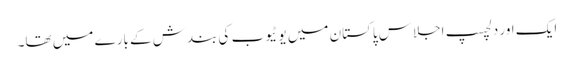
ایک اور دلچسپ اجلاس پاکستان میں یو ٹیوب کی بندش کے بارے میں تھا۔